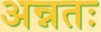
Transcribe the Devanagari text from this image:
अन्नतः